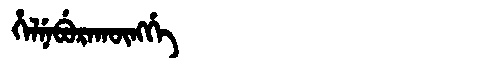
Manchu: ᡥᡝᠯᠨᡝᠪᡠᡵᠠᡴᡡᠩᡤᡝ
Romanization: HELNEBURAKŪNGGE